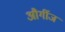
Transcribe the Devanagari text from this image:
और्गीज